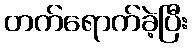
တက်ရောက်ခဲ့ပြီး